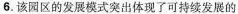
6. 该园区的发展模式突出体现了可持续发展的